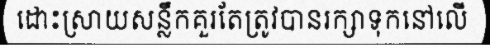
ដោះស្រាយសន្លឹកគួរតែត្រូវបានរក្សាទុកនៅលើ